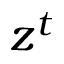
z ^ { t }